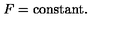
F = \mathrm { c o n s t a n t } .